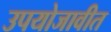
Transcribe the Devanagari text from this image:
उपयोजावीत